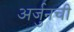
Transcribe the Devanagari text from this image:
अर्जुनची